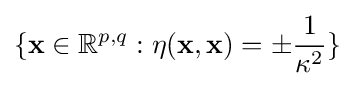
\{\mathbf {x} \in \mathbb {R} ^{p,q}:\eta (\mathbf {x} ,\mathbf {x} )=\pm {\frac {1}{\kappa ^{2}}}\}